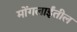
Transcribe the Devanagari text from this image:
मोंगलाईंतील